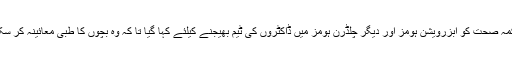
محکمہ صحت کو ابزرویشن ہومز اور دیگر چلڈرن ہومز میں ڈاکٹروں کی ٹیم بھیجنے کیلئے کہا گیا تا کہ وہ بچوں کا طبی معائینہ کر سکیں ۔